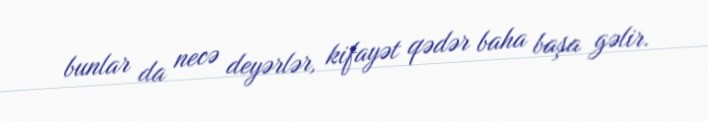
bunlar da necə deyərlər, kifayət qədər baha başa gəlir.